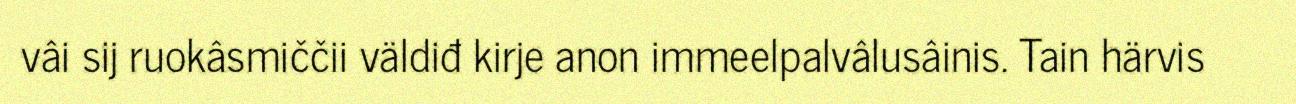
vâi sij ruokâsmiččii väldiđ kirje anon immeelpalvâlusâinis. Tain härvis